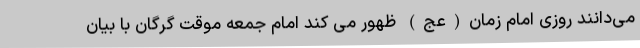
می‌دانند روزی امام زمان(عج) ظهور می کند امام جمعه موقت گرگان با بیان